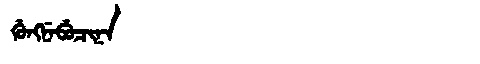
Manchu: ᡤᡠᠩᠨᡝᠪᡠᠴᡳᠨᠠ
Romanization: GUNGNEBUCINA